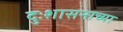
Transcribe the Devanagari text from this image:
दुःशासनाच्या